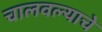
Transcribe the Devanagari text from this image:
चालवल्याचे